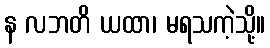
န လဘတိ ယထာ၊ မရသကဲ့သို့။